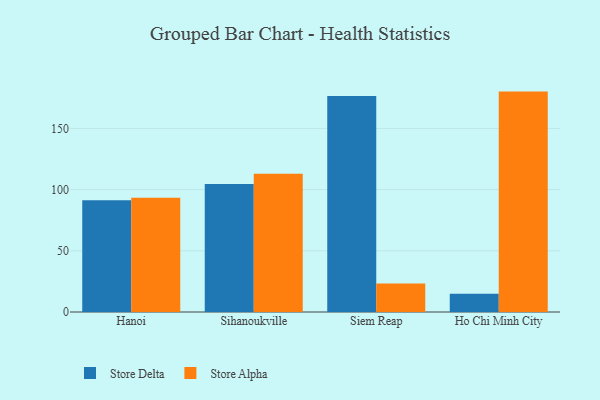
{"axis": {"x": "City", "y": "Population (Million)"}, "legend": ["Store Alpha", "Store Delta"], "data": [{"x": "Hanoi", "y": 91.4, "type": "Store Delta"}, {"x": "Hanoi", "y": 93.3, "type": "Store Alpha"}, {"x": "Sihanoukville", "y": 104.5, "type": "Store Delta"}, {"x": "Sihanoukville", "y": 113.0, "type": "Store Alpha"}, {"x": "Siem Reap", "y": 176.5, "type": "Store Delta"}, {"x": "Siem Reap", "y": 23.2, "type": "Store Alpha"}, {"x": "Ho Chi Minh City", "y": 14.9, "type": "Store Delta"}, {"x": "Ho Chi Minh City", "y": 180.1, "type": "Store Alpha"}]}